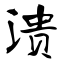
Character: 溃